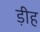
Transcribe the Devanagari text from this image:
ड़ीह